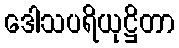
ဒေါသပရိယုဋ္ဌိတာ